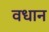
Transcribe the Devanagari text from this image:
वधान